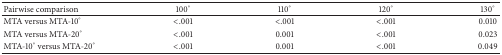
<table><thead><tr><td><b>Pairwise comparison</b></td><td><b>100°</b></td><td><b>110°</b></td><td><b>120°</b></td><td><b>130°</b></td></tr></thead><tbody><tr><td>MTA versus MTA-10°</td><td>&lt;.001</td><td>&lt;.001</td><td>&lt;.001</td><td>0.010</td></tr><tr><td>MTA versus MTA-20°</td><td>&lt;.001</td><td>0.001</td><td>&lt;.001</td><td>0.023</td></tr><tr><td>MTA-10° versus MTA-20°</td><td>&lt;.001</td><td>0.001</td><td>&lt;.001</td><td>0.049</td></tr></tbody></table>